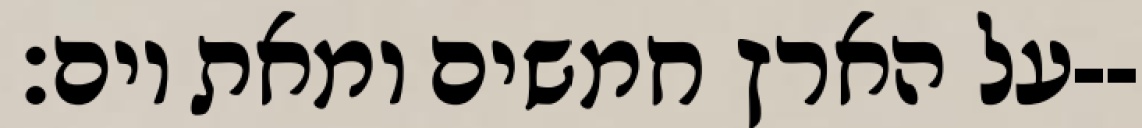
על הארץ חמשים ומאת יום׃--